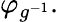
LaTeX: \varphi_{g^{-1}}.